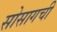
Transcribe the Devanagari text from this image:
सोसागची